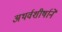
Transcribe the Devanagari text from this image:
अथर्वशीर्षानें